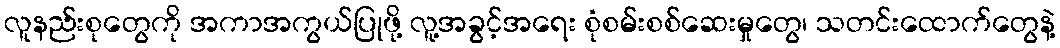
လူနည်းစုတွေကို အကာအကွယ်ပြုဖို့ လူ့အခွင့်အရေး စုံစမ်းစစ်ဆေးမှုတွေ၊ သတင်းထောက်တွေနဲ့